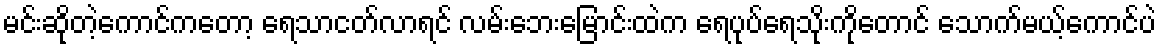
မင်းဆိုတဲ့ကောင်ကတော့ ရေသာငတ်လာရင် လမ်းဘေးမြောင်းထဲက ရေပုပ်ရေသိုးကိုတောင် သောက်မယ့်ကောင်ပဲ